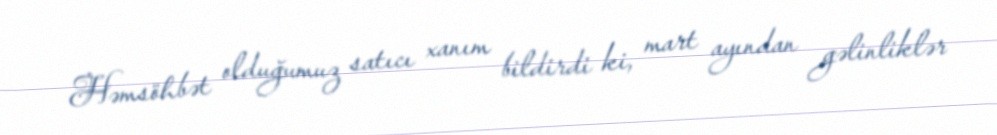
Həmsöhbət olduğumuz satıcı xanım bildirdi ki, mart ayından gəlinliklər